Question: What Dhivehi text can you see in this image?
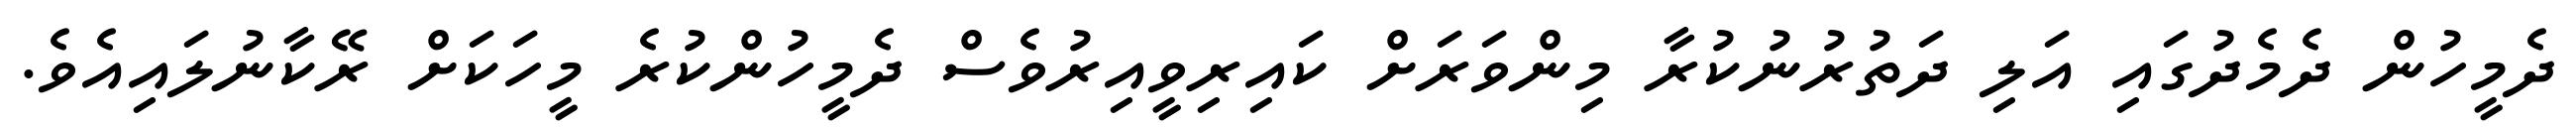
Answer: ދެމީހުން ދެމެދުގައި އަލި ދަތުރުނުކުރާ މިންވަރަށް ކައިރިވީއިރުވެސް ދެމީހުންކުރެ މީހަކަށް ރޭކާނުލައިއެވެ.